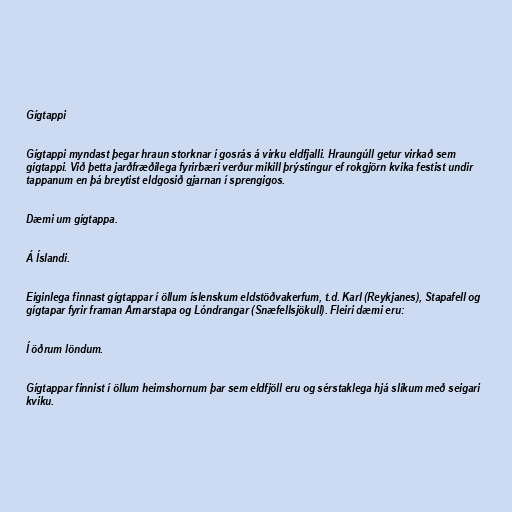
Gígtappi

Gígtappi myndast þegar hraun storknar í gosrás á virku eldfjalli. Hraungúll getur virkað sem
gígtappi. Við þetta jarðfræðilega fyrirbæri verður mikill þrýstingur ef rokgjörn kvika festist undir
tappanum en þá breytist eldgosið gjarnan í sprengigos.

Dæmi um gígtappa.

Á Íslandi.

Eiginlega finnast gígtappar í öllum íslenskum eldstöðvakerfum, t.d. Karl (Reykjanes), Stapafell og
gígtapar fyrir framan Arnarstapa og Lóndrangar (Snæfellsjökull). Fleiri dæmi eru:

Í öðrum löndum.

Gígtappar finnist í öllum heimshornum þar sem eldfjöll eru og sérstaklega hjá slíkum með seigari
kviku.